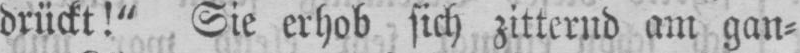
drückt!“ Sie erhob sich zitternd am gan⸗